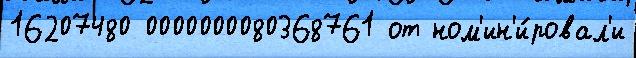
16207480 0000000080368761 от ном'ин'и́ровал'и